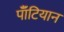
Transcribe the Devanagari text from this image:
पॉँटियान